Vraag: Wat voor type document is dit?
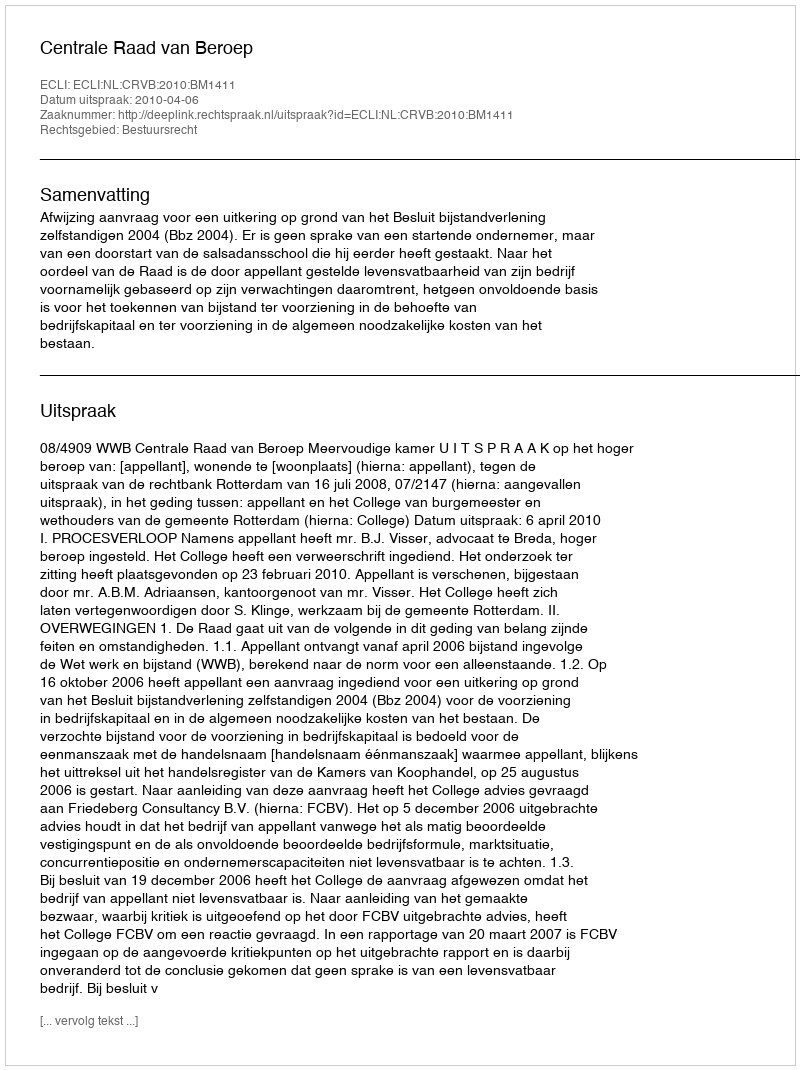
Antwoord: Uitspraak